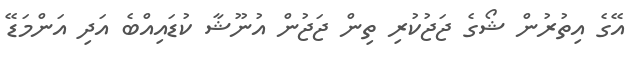
އޭގެ އިތުރުން ޝޯގެ ޖަޖުކުރި ތިން ޖަޖުން އުނޫޝާ ކުޑައިއްބެ އަދި އަންމަޑޭ